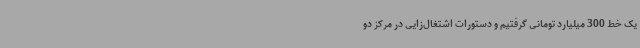
یک خط 300 میلیارد تومانی گرفتیم و دستورات اشتغال‌زایی در مرکز دو